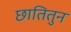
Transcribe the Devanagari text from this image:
छातितुन